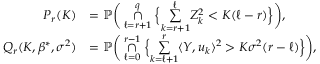
\begin{array} { r l } { P _ { r } ( K ) } & { = \mathbb { P } \bigg ( \underset { \ell = r + 1 } { \overset { q } { \cap } } \Big \{ \underset { k = r + 1 } { \overset { \ell } { \sum } } Z _ { k } ^ { 2 } < K ( \ell - r ) \Big \} \bigg ) , } \\ { Q _ { r } ( K , \beta ^ { * } , \sigma ^ { 2 } ) } & { = \mathbb { P } \bigg ( \underset { \ell = 0 } { \overset { r - 1 } { \cap } } \Big \{ \underset { k = \ell + 1 } { \overset { r } { \sum } } \langle Y , u _ { k } \rangle ^ { 2 } > K \sigma ^ { 2 } ( r - \ell ) \Big \} \bigg ) , } \end{array}